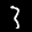
Label: 3